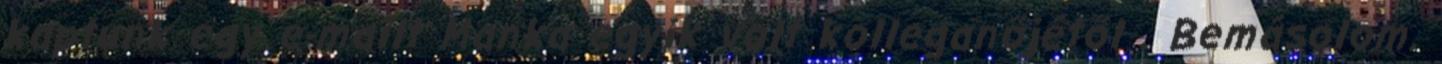
kaptunk egy e-mailt Manka egyik volt kolleganőjétől . Bemásolom.